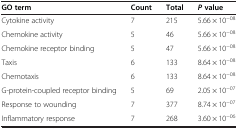
<table><thead><tr><td><b>GO term</b></td><td><b>Count</b></td><td><b>Total</b></td><td><b><i>P</i>value</b></td></tr></thead><tbody><tr><td>Cytokine activity</td><td>7</td><td>215</td><td>5.66 × 10<sup>−08</sup></td></tr><tr><td>Chemokine activity</td><td>5</td><td>46</td><td>5.66 × 10<sup>−08</sup></td></tr><tr><td>Chemokine receptor binding</td><td>5</td><td>47</td><td>5.66 × 10<sup>−08</sup></td></tr><tr><td>Taxis</td><td>6</td><td>133</td><td>8.64 × 10<sup>−08</sup></td></tr><tr><td>Chemotaxis</td><td>6</td><td>133</td><td>8.64 × 10<sup>−08</sup></td></tr><tr><td>G-protein-coupled receptor binding</td><td>5</td><td>69</td><td>2.05 × 10<sup>−07</sup></td></tr><tr><td>Response to wounding</td><td>7</td><td>377</td><td>8.74 × 10<sup>−07</sup></td></tr><tr><td>Inflammatory response</td><td>7</td><td>268</td><td>3.60 × 10<sup>−06</sup></td></tr></tbody></table>